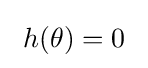
~h(\theta )=0~